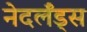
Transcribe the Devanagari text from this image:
नेदर्लँड्स